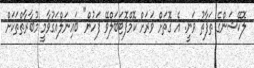
ލޮކޭޝަންގެ ތަފާތު ވަނީ. އެ ގޮތަށް ވަރަށް ކޮމްފޮޓަބަލްވޭ ފަހުން" ބައިނަލްއަގުވާމީ މުބާރާތްތަކަށް